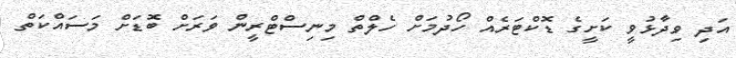
އަދި ވިދާޅުވީ ކަށީގެ ޑޮކްޓަރެއް ހޯދުމަށް ހެލްތް މިނިސްޓްރީން ވަރަށް ބޮޑަށް މަސައްކަތް